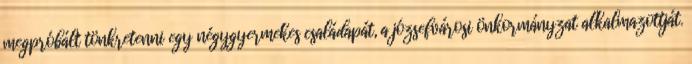
megpróbált tönkretenni egy négygyermekes családapát, a józsefvárosi önkormányzat alkalmazottját.